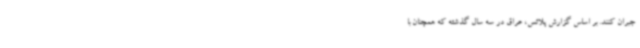
جبران کنند. بر اساس گزارش پلاتس، عراق در سه سال گذشته که همچنان با